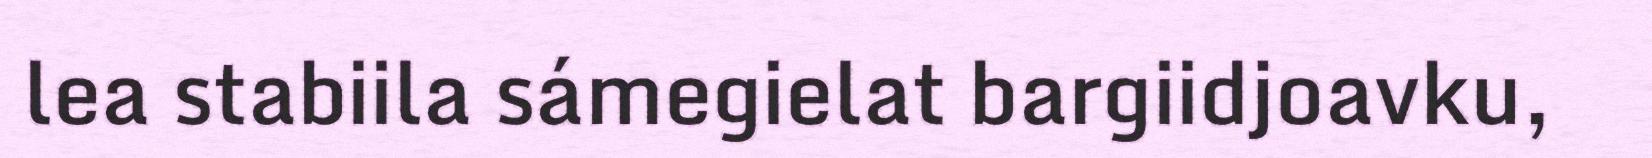
lea stabiila sámegielat bargiidjoavku,